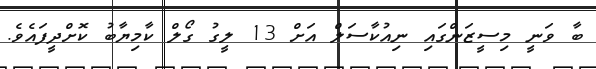
ބާ ވަނީ މިސީޒަންގައި ނިއުކާސަލް އަށް 13 ލީގު ގޯލް ކާމިޔާބު ކޮށްދީފައެވެ.